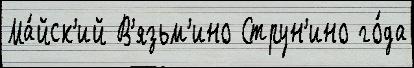
Ма́йск'ий В'язьм'ино Струн'ино го́да